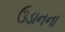
ઉડાનના